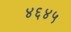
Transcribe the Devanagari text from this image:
४६४५